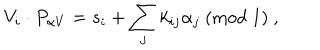
LaTeX: V _ { i } \cdot P _ { \alpha V } = s _ { i } + \sum _ { j } k _ { i j } \alpha _ { j } ~ ( { \mathrm { m o d } } ~ 1 ) ~ ,